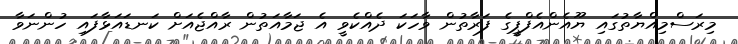
މިރަސްމިއްޔާތުގައި ޔޫއެންއެފްޕީގެ ފަރާތުން ވާހަކަ ދެއްކެވީ އެ ޖަމާއަތުން ރާއްޖެއަށް ކަނޑައަޅާފައި ހުންނަވާ